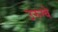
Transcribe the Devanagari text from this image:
उरुग्‍वे